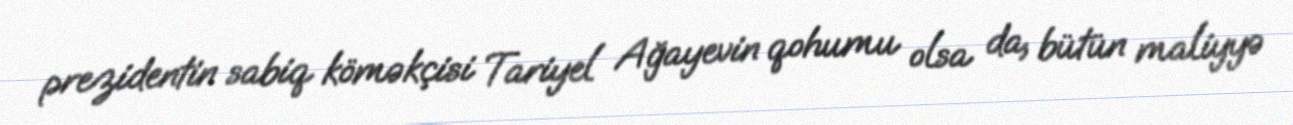
prezidentin sabiq köməkçisi Tariyel Ağayevin qohumu olsa da, bütün maliyyə